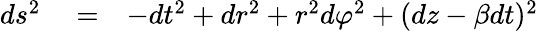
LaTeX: \begin{array}{rlr}{ds^{2}}&{{}=}&{-dt^{2}+dr^{2}+r^{2}d\varphi^{2}+(dz-\beta dt)^{2}}\end{array}